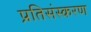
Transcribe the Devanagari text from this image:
प्रतिसंस्करण